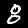
Label: 8